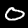
Label: 0